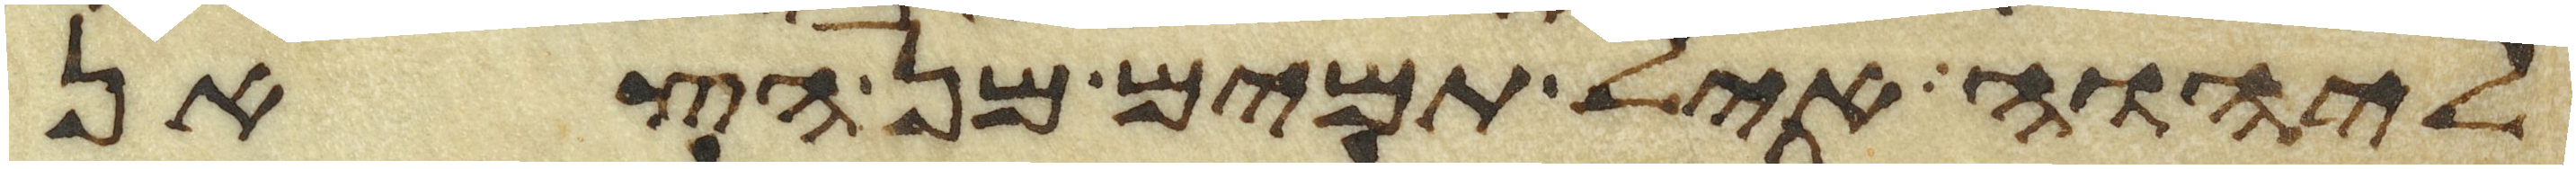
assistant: ליהוה איל תמים מן הצאן